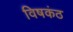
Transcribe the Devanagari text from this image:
विषकंठ